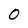
Character: 0